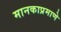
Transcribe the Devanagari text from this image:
मानकाप्रमाणे